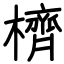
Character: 櫅